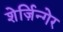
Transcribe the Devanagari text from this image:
शेर्ज़िन्गेर